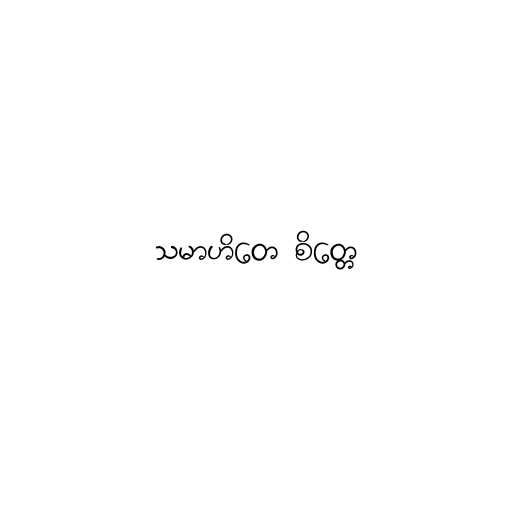
သမာဟိတေ စိတ္တေ